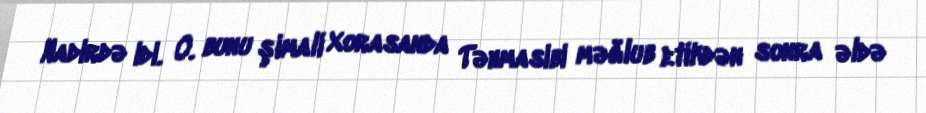
Nadirdə idi. O. bunu şimali Xorasanda Təhmasibi məğlub etikdən sonra əldə